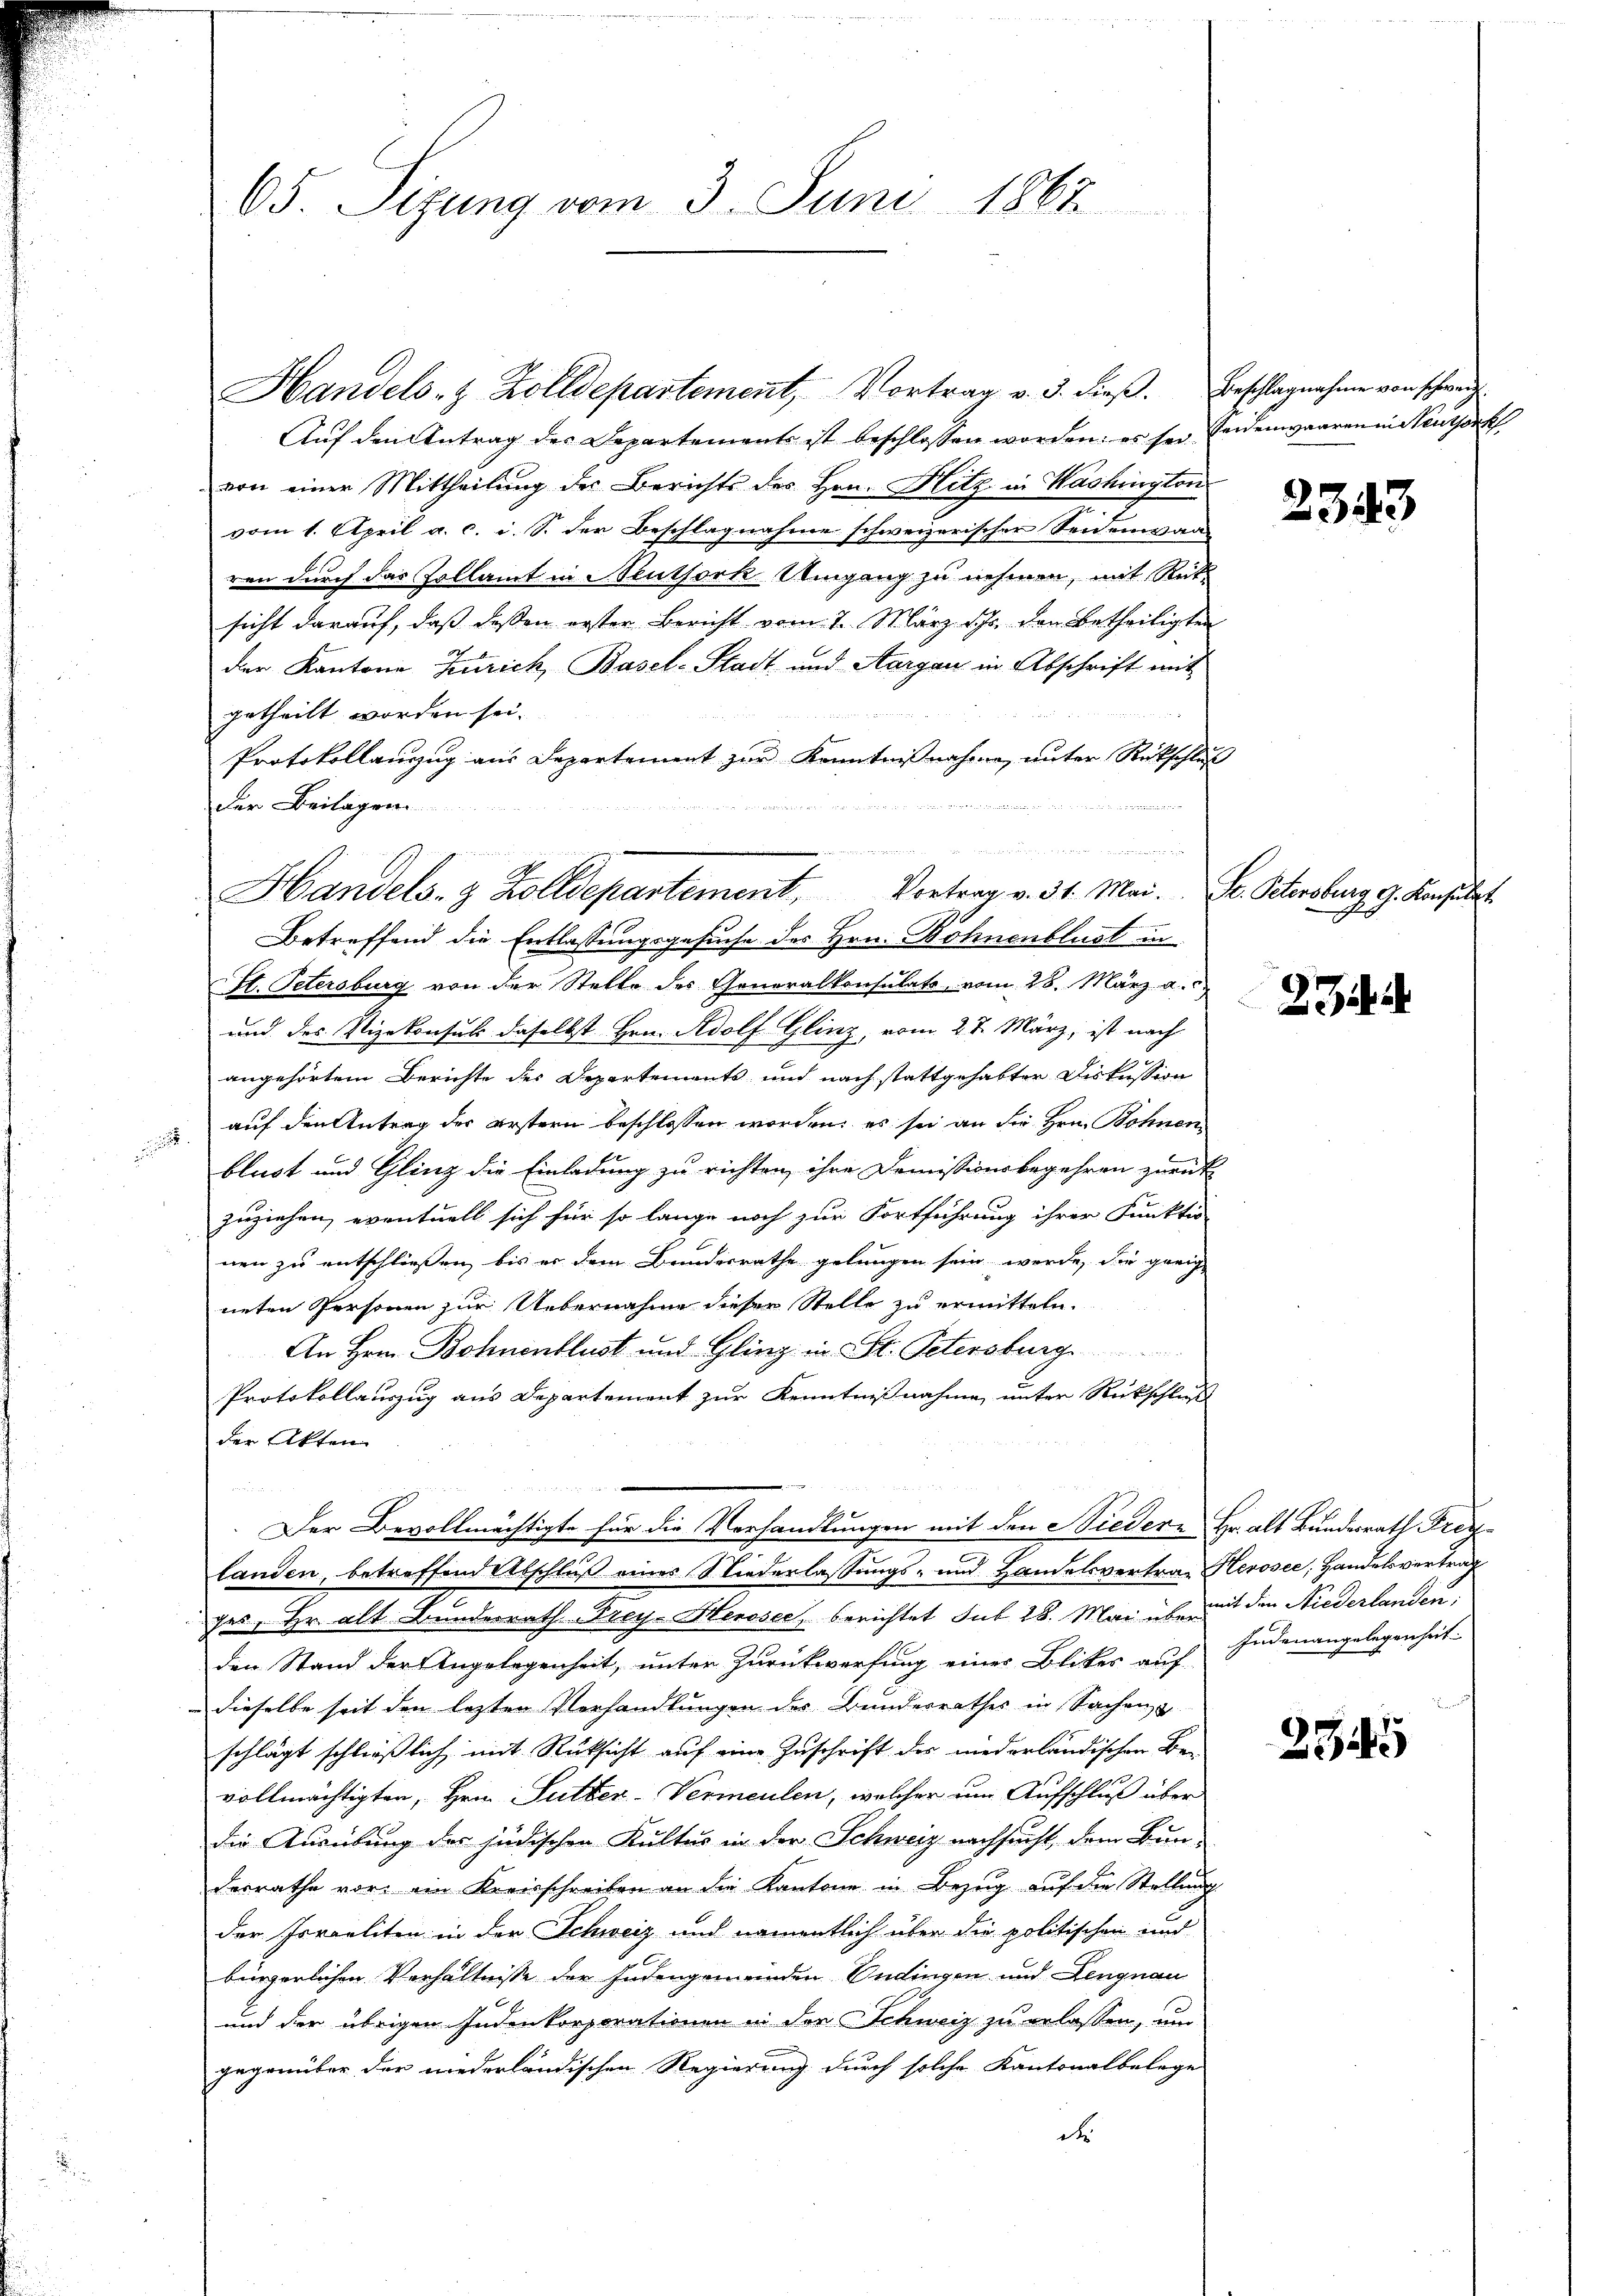
Handels- & Zolldepartement, Vortrag v. 3. dieβ. Beschlagnahme von schweize
Aŭf den Antrag der Departement ist beschlossen worden; es sei beidenwaaren in Neuthork
von einer Mittheilung der Berichts des Hrn. Hitz in Washington
vom 1. April a. c. i. S. der Beschlagnahme schweizerischer Seidenwaa
ren durch das Zollamt in Neuthork Umgang zu nehmen, mit Reits
sicht darauf, daß dessen erster Bericht vom 7. März ihr den Betheiligten
der Kantone Zürich, Basel-Stadt und Aargau in Abschrift mit
getheilt worden sei.
Protokollanzug aus Departement zŭr Kenntniβnahme, ŭnter Rückschluß
der Beilagen
St. Petersburg von der Stelle des Generalkonsulats, vom 28. März a.
und des Plizekonsuls daselbst Hrn. Adolf Glinz, vom 27. März, ist nach
angehörtem Berichte des Departements und nach stattgehabter Diskussion
 auf den Antrag der erstern beschlossen worden; es sei an die Hrn. Bohnen
blust und Glinz die Einladung zu richten, ihre Demissionsbegehren zurück
zuziehen, eventuell sich für so lange noch zur Fortführung ihrer Funktio
nen zu entschließen, bis er dem Bundesrathe gelungen sein werde, die geeig
neten Personen zur Uebernahme dieser Stelle zu ermitteln.
An Hern Bohnenblust und Gling in St. Petersburg
Protokollauszug aus Departement zur Kenntnißnahme unter Rückschluß
der Akten

Der Bevollmächtigte für die Verhandlungen mit den Niedere Hr. alt Bundesrath Freilanden, betreffend Abschluß eines Niederlassungs- und Handelsvertrag Herosee, Handelsvertrag
ges, Hr. alt Bundesrath Frey- Herosec, berichtet sub 28. Mai übe mit den Niederlanden,
den Stand der Angelegenheit, unter Zurückwerfung einer Blickes auf Judenangelegenheit
dieselbe seit den lezten Verhandlungen der Bundesrathes in Sachen &
schlägt schließlich mit Rücksicht auf eine Zuschrift der niederländischen Be-
vollmächtigten, Hrn. Sutter-Vermeulen, welcher um Aufschluß über
die Ausübung des jüdischen Kultur in der Schweiz nachsucht, dem Bun-
derrathe vor ein Kreisschreiben an die Kantone in Bezug auf die Stellung
der Israeliten in der Schweiz und namentlich über die politischen und
bürgerlichen Verhältnisse der Judengemeinden Endingen und Lengnau
und der übrigen Judenkorporationen in der Schweiz zu erlassen, um
gegenüber der niederländischen Regierung durch solche Kantonalbelege
d

65. Sizung vom 3. Juni 1867

Handels- & Zolldepartement, Vortrag v. 31. Mai. S. Petersburg G. Konsulat
Betreffend die Entlassungsgesuche des Hrn. Bohnenblust in

u

2343

27

2545